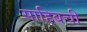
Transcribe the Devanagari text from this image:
साहिबची